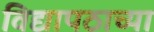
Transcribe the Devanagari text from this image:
विद्यापठाच्या